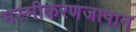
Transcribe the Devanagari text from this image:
भस्मीकरणजापान